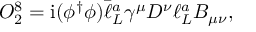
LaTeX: O _ { 2 } ^ { 8 } = { \mathrm { i } } ( \phi ^ { \dagger } \phi ) \bar { \ell } _ { L } ^ { a } \gamma ^ { \mu } D ^ { \nu } \ell _ { L } ^ { a } B _ { \mu \nu } ,